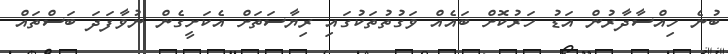
ބުނެ ހިއްސާދާރުން އަޑު ހަރުކޮށް ބައެއް ވަގުތުތަކުގައި ރިޔާސަތަށް އެކަށީގެން ނުވާފަދަ ބަސްތައް